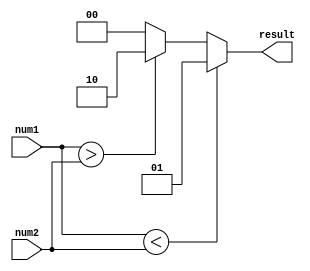
module InequalityComparator(
    input [7:0] num1,
    input [7:0] num2,
    output reg [1:0] result
);

always @* begin
    if(num1 < num2)
        result = 2'b01; // less than
    else if(num1 > num2)
        result = 2'b10; // greater than
    else
        result = 2'b00; // equal
end

endmodule